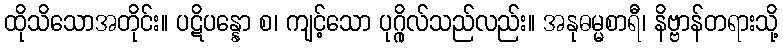
ထိုသိသောအတိုင်း။ ပဋိပန္နော စ၊ ကျင့်သော ပုဂ္ဂိုလ်သည်လည်း။ အနုဓမ္မစာရီ၊ နိဗ္ဗာန်တရားသို့